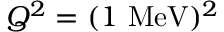
Q ^ { 2 } = ( 1 ~ \mathrm { M e V } ) ^ { 2 }